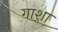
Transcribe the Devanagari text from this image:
गाशा